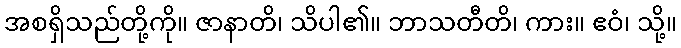
အစရှိသည်တို့ကို။ ဇာနာတိ၊ သိပါ၏။ ဘာသတီတိ၊ ကား။ ဧဝံ၊ သို့။